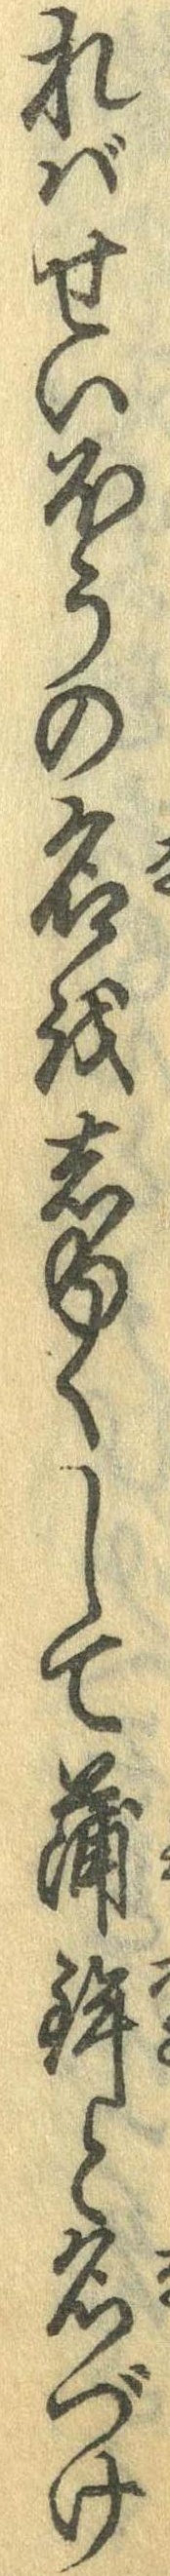
ればせいほうの名をしゅくして蒲鉾と名づけ